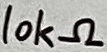
Text: 10kΩ